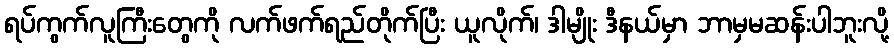
ရပ်ကွက်လူကြီးတွေကို လက်ဖက်ရည်တိုက်ပြီး ယူလိုက်၊ ဒါမျိုး ဒီနယ်မှာ ဘာမှမဆန်းပါဘူးလို့